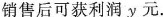
销售后可获利润y元。